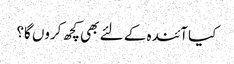
کیا آئندہ کے لئے بھی کچھ کروں گا؟